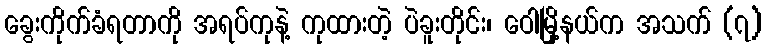
ခွေးကိုက်ခံရတာကို အရပ်ကုနဲ့ ကုထားတဲ့ ပဲခူးတိုင်း၊ ဝေါမြို့နယ်က အသက် (၇)